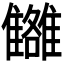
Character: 𩁗